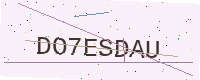
Text: DO7ESDAU